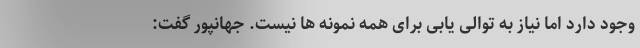
وجود دارد اما نیاز به توالی یابی برای همه نمونه ها نیست. جهانپور گفت: